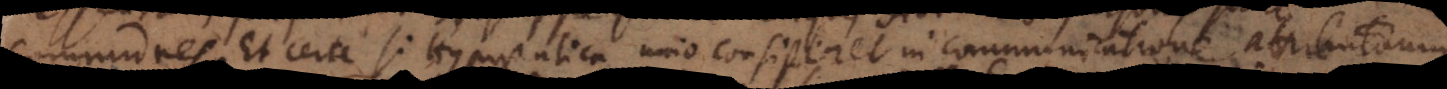
communes. Et certe si Hypostatica unio consisteret in communicatione attribut